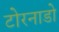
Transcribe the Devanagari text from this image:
टोरनाडो